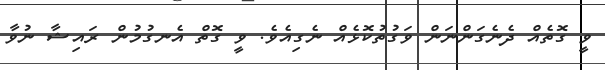
ވީ ގޮތެއް ދެނެގަންނަން ވަގުތުކޮޅެއް ނެގިއެވެ. ވީ ގޮތް އެނގުމުން ރައިޝާ ނުވާ